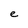
Character: e